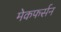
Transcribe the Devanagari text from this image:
मेकफर्सन